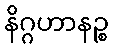
နိဂ္ဂဟာနဉ္စ